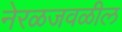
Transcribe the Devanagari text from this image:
नेरळजवळील